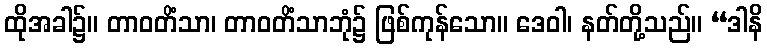
ထိုအခါ၌။ တာဝတိံသာ၊ တာဝတိံသာဘုံ၌ ဖြစ်ကုန်သော။ ဒေဝါ၊ နတ်တို့သည်။ “ဒါနိ